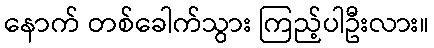
နောက် တစ်ခေါက်သွား ကြည့်ပါဦးလား။